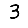
Digit: 3